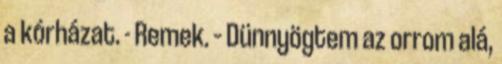
a kórházat. - Remek. – Dünnyögtem az orrom alá,